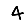
Digit: 4